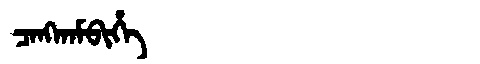
Manchu: ᠴᠠᠩᡴᠠᠮᠪᡳᡥᡝ
Romanization: CANGKAMBIHE